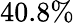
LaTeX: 40.8\%